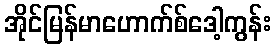
အိုင်မြန်မာဟောက်စ်ဒေါ့ကွန်း